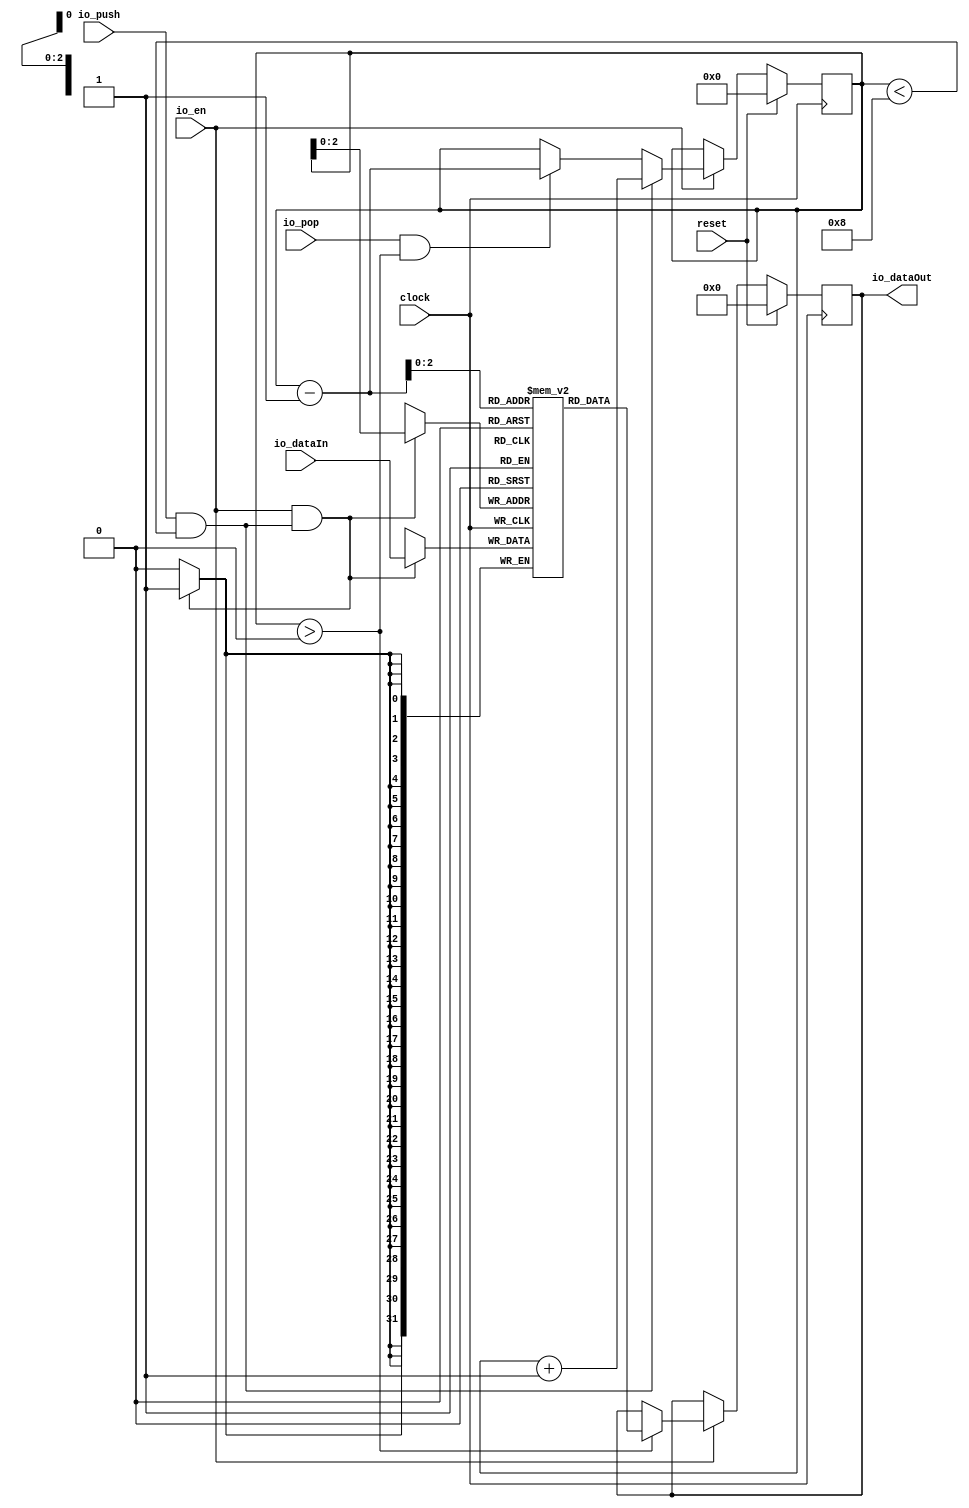
module Stack(
  input         clock,
  input         reset,
  input         io_push,
  input         io_pop,
  input         io_en,
  input  [31:0] io_dataIn,
  output [31:0] io_dataOut
);
`ifdef RANDOMIZE_MEM_INIT
  reg [31:0] _RAND_0;
`endif // RANDOMIZE_MEM_INIT
`ifdef RANDOMIZE_REG_INIT
  reg [31:0] _RAND_1;
  reg [31:0] _RAND_2;
`endif // RANDOMIZE_REG_INIT
  reg [31:0] stack_mem [0:7]; // @[stack.scala 13:24]
  wire [31:0] stack_mem_MPORT_1_data; // @[stack.scala 13:24]
  wire [2:0] stack_mem_MPORT_1_addr; // @[stack.scala 13:24]
  wire [31:0] stack_mem_MPORT_data; // @[stack.scala 13:24]
  wire [2:0] stack_mem_MPORT_addr; // @[stack.scala 13:24]
  wire  stack_mem_MPORT_mask; // @[stack.scala 13:24]
  wire  stack_mem_MPORT_en; // @[stack.scala 13:24]
  reg [3:0] sp; // @[stack.scala 14:21]
  reg [31:0] out; // @[stack.scala 15:22]
  wire  _T_1 = io_push & sp < 4'h8; // @[stack.scala 18:22]
  wire [3:0] _T_4 = sp + 4'h1; // @[stack.scala 20:18]
  wire  _T_5 = sp > 4'h0; // @[stack.scala 21:31]
  wire [3:0] _T_8 = sp - 4'h1; // @[stack.scala 22:18]
  assign stack_mem_MPORT_1_addr = _T_8[2:0];
  assign stack_mem_MPORT_1_data = stack_mem[stack_mem_MPORT_1_addr]; // @[stack.scala 13:24]
  assign stack_mem_MPORT_data = io_dataIn;
  assign stack_mem_MPORT_addr = sp[2:0];
  assign stack_mem_MPORT_mask = 1'h1;
  assign stack_mem_MPORT_en = io_en & _T_1;
  assign io_dataOut = out; // @[stack.scala 29:16]
  always @(posedge clock) begin
    if(stack_mem_MPORT_en & stack_mem_MPORT_mask) begin
      stack_mem[stack_mem_MPORT_addr] <= stack_mem_MPORT_data; // @[stack.scala 13:24]
    end
    if (reset) begin // @[stack.scala 14:21]
      sp <= 4'h0; // @[stack.scala 14:21]
    end else if (io_en) begin // @[stack.scala 17:18]
      if (io_push & sp < 4'h8) begin // @[stack.scala 18:46]
        sp <= _T_4; // @[stack.scala 20:12]
      end else if (io_pop & sp > 4'h0) begin // @[stack.scala 21:39]
        sp <= _T_8; // @[stack.scala 22:12]
      end
    end
    if (reset) begin // @[stack.scala 15:22]
      out <= 32'h0; // @[stack.scala 15:22]
    end else if (io_en) begin // @[stack.scala 17:18]
      if (_T_5) begin // @[stack.scala 24:21]
        out <= stack_mem_MPORT_1_data; // @[stack.scala 25:13]
      end
    end
  end
// Register and memory initialization
`ifdef RANDOMIZE_GARBAGE_ASSIGN
`define RANDOMIZE
`endif
`ifdef RANDOMIZE_INVALID_ASSIGN
`define RANDOMIZE
`endif
`ifdef RANDOMIZE_REG_INIT
`define RANDOMIZE
`endif
`ifdef RANDOMIZE_MEM_INIT
`define RANDOMIZE
`endif
`ifndef RANDOM
`define RANDOM $random
`endif
`ifdef RANDOMIZE_MEM_INIT
  integer initvar;
`endif
`ifndef SYNTHESIS
`ifdef FIRRTL_BEFORE_INITIAL
`FIRRTL_BEFORE_INITIAL
`endif
initial begin
  `ifdef RANDOMIZE
    `ifdef INIT_RANDOM
      `INIT_RANDOM
    `endif
    `ifndef VERILATOR
      `ifdef RANDOMIZE_DELAY
        #`RANDOMIZE_DELAY begin end
      `else
        #0.002 begin end
      `endif
    `endif
`ifdef RANDOMIZE_MEM_INIT
  _RAND_0 = {1{`RANDOM}};
  for (initvar = 0; initvar < 8; initvar = initvar+1)
    stack_mem[initvar] = _RAND_0[31:0];
`endif // RANDOMIZE_MEM_INIT
`ifdef RANDOMIZE_REG_INIT
  _RAND_1 = {1{`RANDOM}};
  sp = _RAND_1[3:0];
  _RAND_2 = {1{`RANDOM}};
  out = _RAND_2[31:0];
`endif // RANDOMIZE_REG_INIT
  `endif // RANDOMIZE
end // initial
`ifdef FIRRTL_AFTER_INITIAL
`FIRRTL_AFTER_INITIAL
`endif
`endif // SYNTHESIS
endmodule